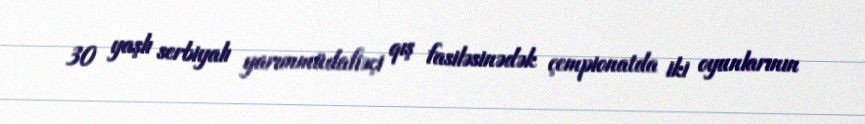
30 yaşlı serbiyalı yarımmüdafiəçi qış fasiləsinədək çempionatda iki oyunlarının